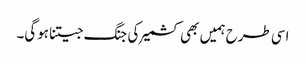
اسی طرح ہمیں بھی کشمیر کی جنگ جیتنا ہوگی۔